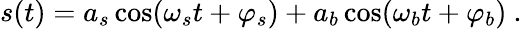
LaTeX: \begin{array}{r}{s(t)=a_{s}\cos(\omega_{s}t+\varphi_{s})+a_{b}\cos(\omega_{b}t+\varphi_{b})\ .}\end{array}